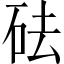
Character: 砝